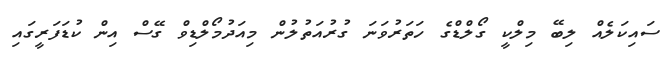
ސައިކަލެއް ލިބޭ މިލްކީ ގޯލްޑްގެ ހަތަރުވަނަ ގުރުއަތުލުން މިއަދުމޯލްޑިވް ގޭސް އިން ކުޑަފަރީގައި